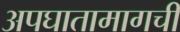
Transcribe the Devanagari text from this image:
अपघातामागची